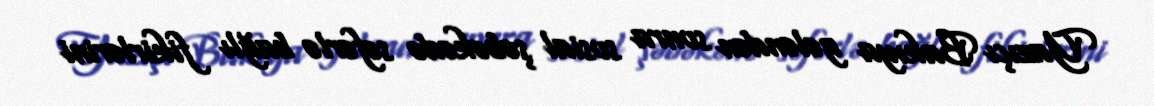
Yazıçı Bakıya gələndən sonra sosial şəbəkədə səfərlə bağlı fikirlərini